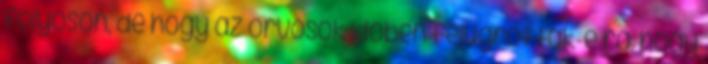
folyosón, de hogy az orvosok időben felugrottak-e rá, hogy